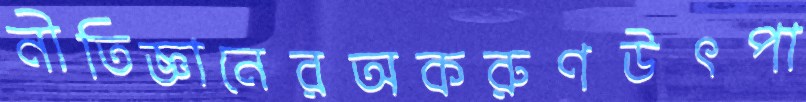
নীতিজ্ঞানেরঅকরুণউৎপা